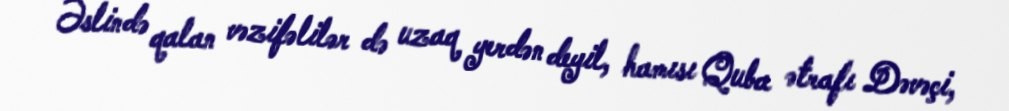
Əslində qalan vəzifəlilər də uzaq yerdən deyil, hamısı Quba ətrafı Dəvəçi,